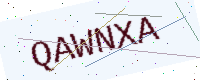
Text: QAWNXA